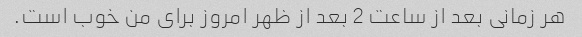
هر زمانی بعد از ساعت 2 بعد از ظهر امروز برای من خوب است.